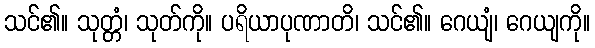
သင်၏။ သုတ္တံ၊ သုတ်ကို။ ပရိယာပုဏာတိ၊ သင်၏။ ဂေယျံ၊ ဂေယျကို။